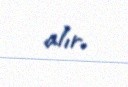
alır.